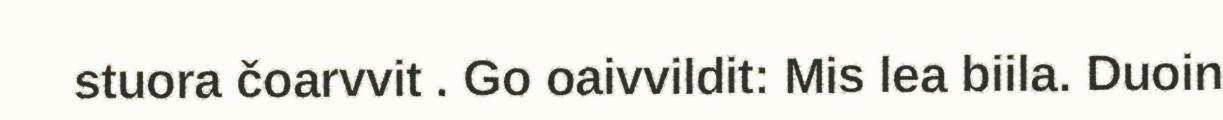
stuora čoarvvit . Go oaivvildit: Mis lea biila. Duoin